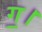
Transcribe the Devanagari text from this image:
ग॒।